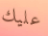
عليك